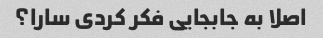
اصلا به جابجایی فکر کردی سارا؟